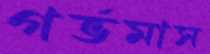
গর্ভমাস